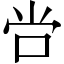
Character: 𫩠